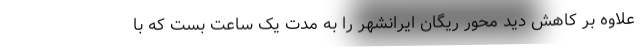
علاوه بر کاهش دید محور ریگان ایرانشهر را به مدت یک ساعت بست که با